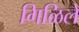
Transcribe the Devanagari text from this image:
गिळिले